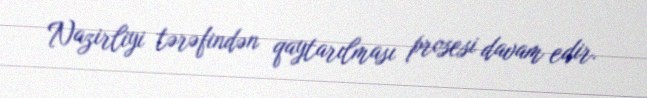
Nazirliyi tərəfindən qaytarılması prosesi davam edir.